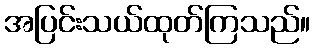
အပြင်းသယ်ထုတ်ကြသည်။